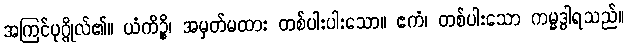
အကြင်ပုဂ္ဂိုလ်၏။ ယံကိဉ္စိ၊ အမှတ်မထား တစ်ပါးပါးသော။ ဧကံ၊ တစ်ပါးသော ကမ္မဒွါရသည်။